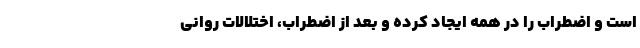
است و اضطراب را در همه ایجاد کرده و بعد از اضطراب، اختلالات روانی